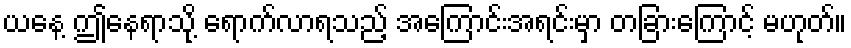
ယနေ့ ဤနေရာသို့ ရောက်လာရသည့် အကြောင်းအရင်းမှာ တခြားကြောင့် မဟုတ်။